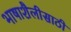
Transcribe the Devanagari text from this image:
भाषाशैलीसाठी